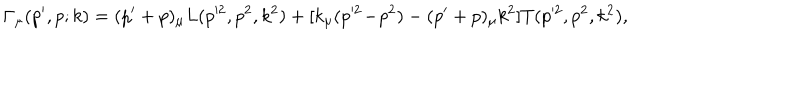
LaTeX: \Gamma _ { \mu } ( p ^ { \prime } , p ; k ) = ( p ^ { \prime } + p ) _ { \mu } L ( p ^ { 2 } , p ^ { 2 } , k ^ { 2 } ) + [ k _ { \mu } ( p ^ { 2 } \! - \! p ^ { 2 } ) - ( p ^ { \prime } + p ) _ { \mu } k ^ { 2 } ] T ( p ^ { 2 } , p ^ { 2 } , k ^ { 2 } ) ,